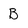
Character: B